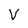
Character: V